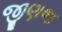
જીણજ